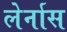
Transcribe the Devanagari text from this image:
लेर्नास